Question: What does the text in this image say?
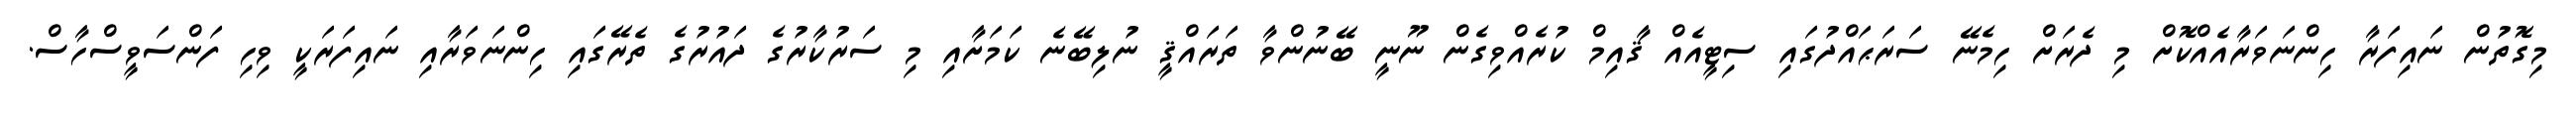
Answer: މިގޮތުން ނައިފަރާ ހިންނަވަރާއެއްކޮށް މި ދެރަށް ހިމެނޭ ސަރަޙައްދުގައި ސިޓީއެއް ޤާއިމް ކުރެއްވިގެން ނޫނީ ބޭނުންވާ ތަރައްޤީ ނުލިބޭނެ ކަމަށާއި މި ސަރުކާރުގެ ދައުރުގެ ތެރޭގައި ހިންނަވަރާއި ނައިފަރަކީ ވިހި ފަންސަވީސްހާސް.